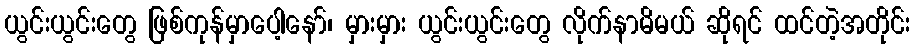
ယွင်းယွင်းတွေ ဖြစ်ကုန်မှာပေါ့နော်၊ မှားမှား ယွင်းယွင်းတွေ လိုက်နာမိမယ် ဆိုရင် ထင်တဲ့အတိုင်း